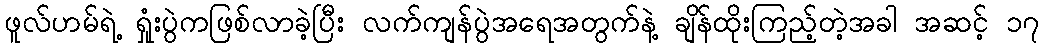
ဖူလ်ဟမ်ရဲ့ ရှုံးပွဲကဖြစ်လာခဲ့ပြီး လက်ကျန်ပွဲအရေအတွက်နဲ့ ချိန်ထိုးကြည့်တဲ့အခါ အဆင့် ၁၇